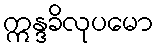
ဣန္ဒခိလုပမော